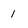
Character: 1